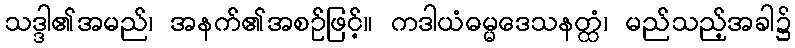
သဒ္ဒါ၏အမည်၊ အနက်၏အစဉ်ဖြင့်။ ကဒါယံဓမ္မဒေသနတ္ထံ၊ မည်သည့်အခါ၌